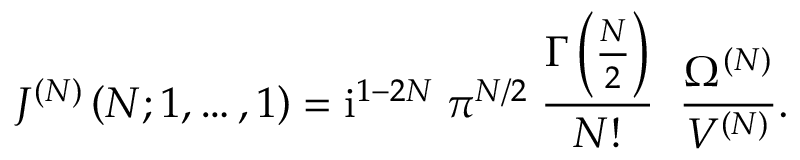
J ^ { ( N ) } \left( N ; 1 , \ldots , 1 \right) = \mathrm { i } ^ { 1 - 2 N } \; \pi ^ { N / 2 } \; \frac { \Gamma \left( { \textstyle { \frac { N } { 2 } } } \right) } { N ! } \; \; \frac { \Omega ^ { ( N ) } } { V ^ { ( N ) } } .